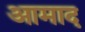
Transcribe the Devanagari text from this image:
आमाद